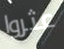
عثروا